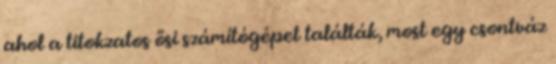
ahol a titokzatos ősi számítógépet találták, most egy csontváz